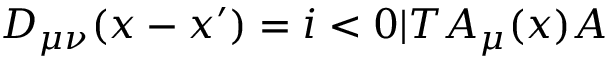
D _ { \mu \nu } ( x - x ^ { \prime } ) = i < 0 | T { \cal A } _ { \mu } ( x ) { \cal A }